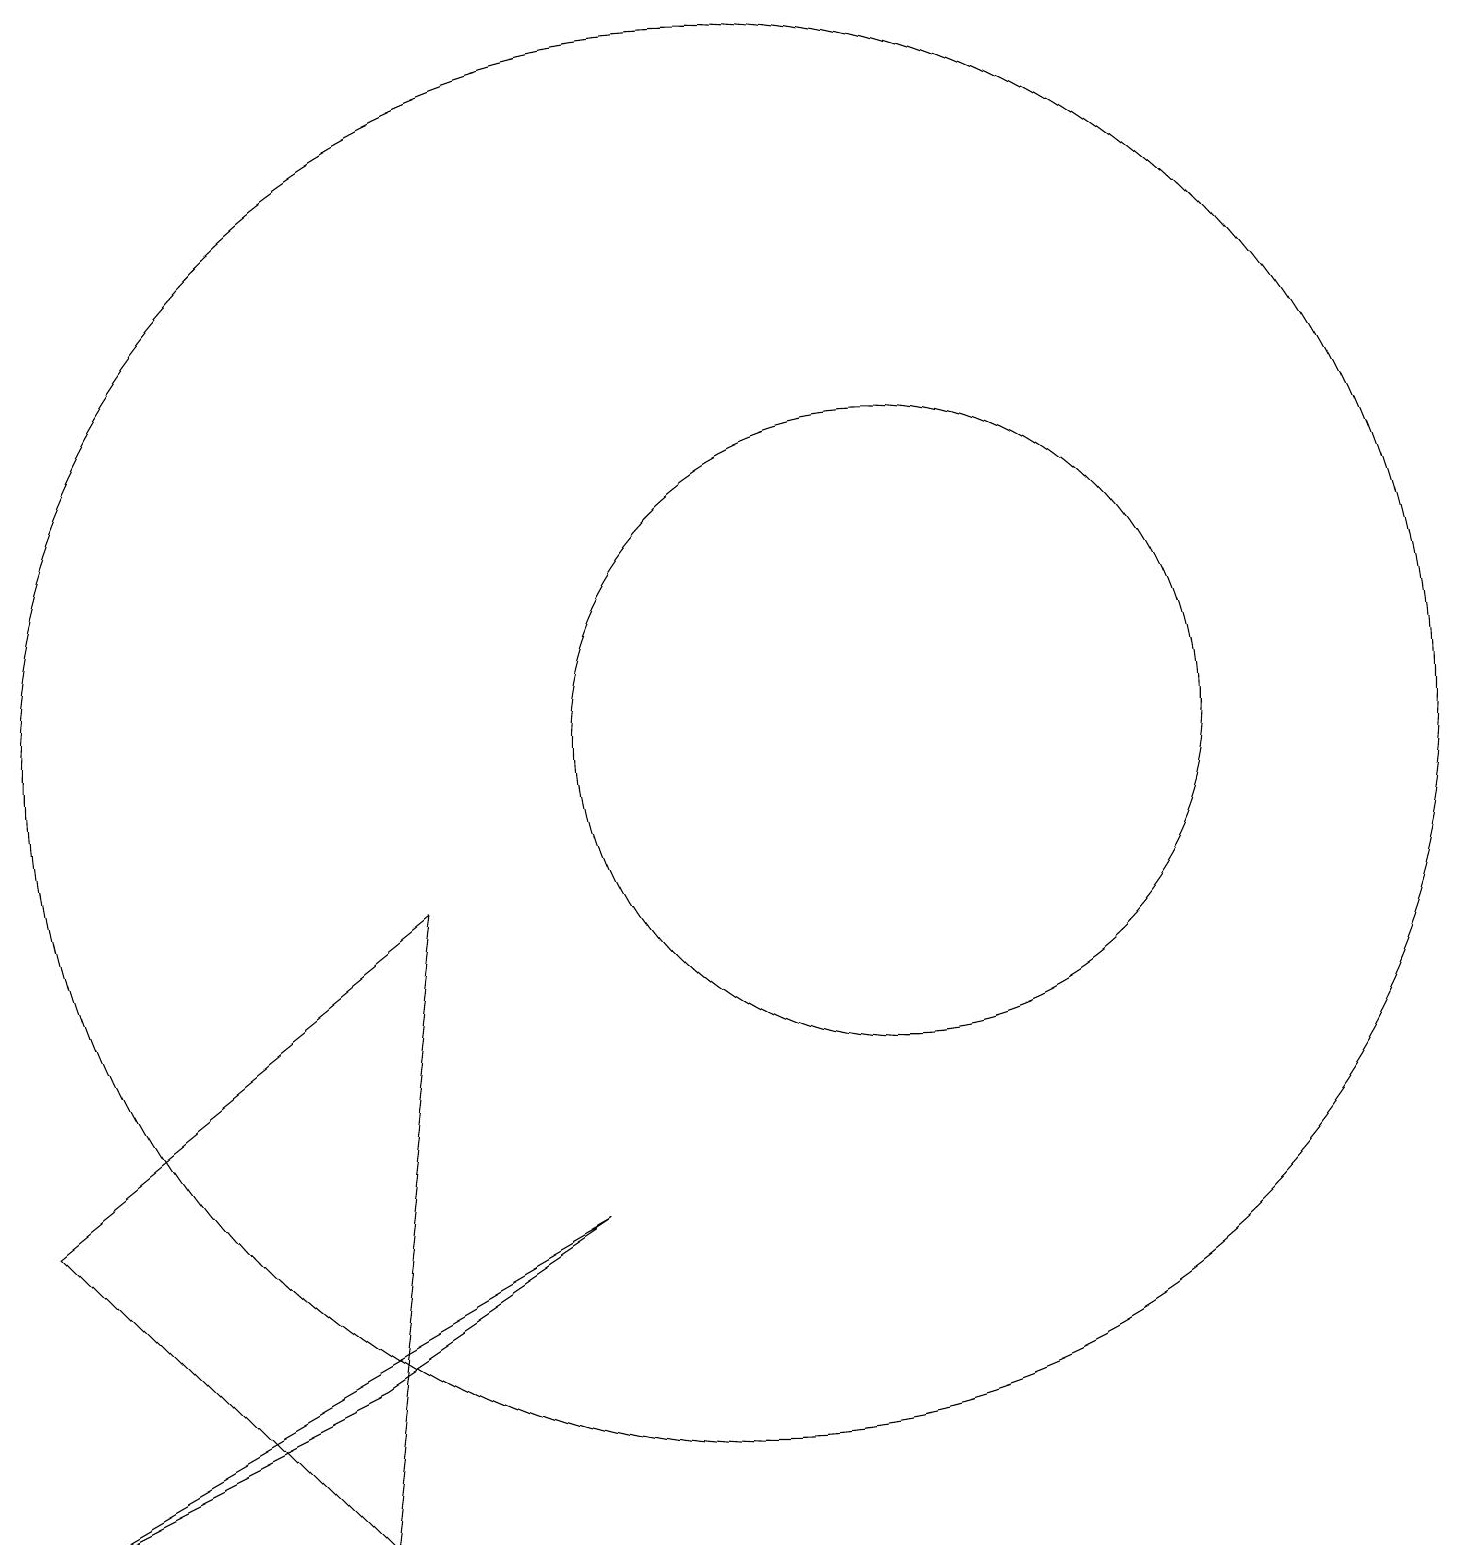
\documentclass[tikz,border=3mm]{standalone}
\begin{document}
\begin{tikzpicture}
\draw (12,11) circle (4);
\draw (10,11) circle (9);
\draw (8,5) -- (5,3) -- (1,1) -- cycle;
\draw (6,9) -- (1,5) -- (5,1) -- cycle;
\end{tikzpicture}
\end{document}